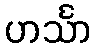
ဟင်္သာ